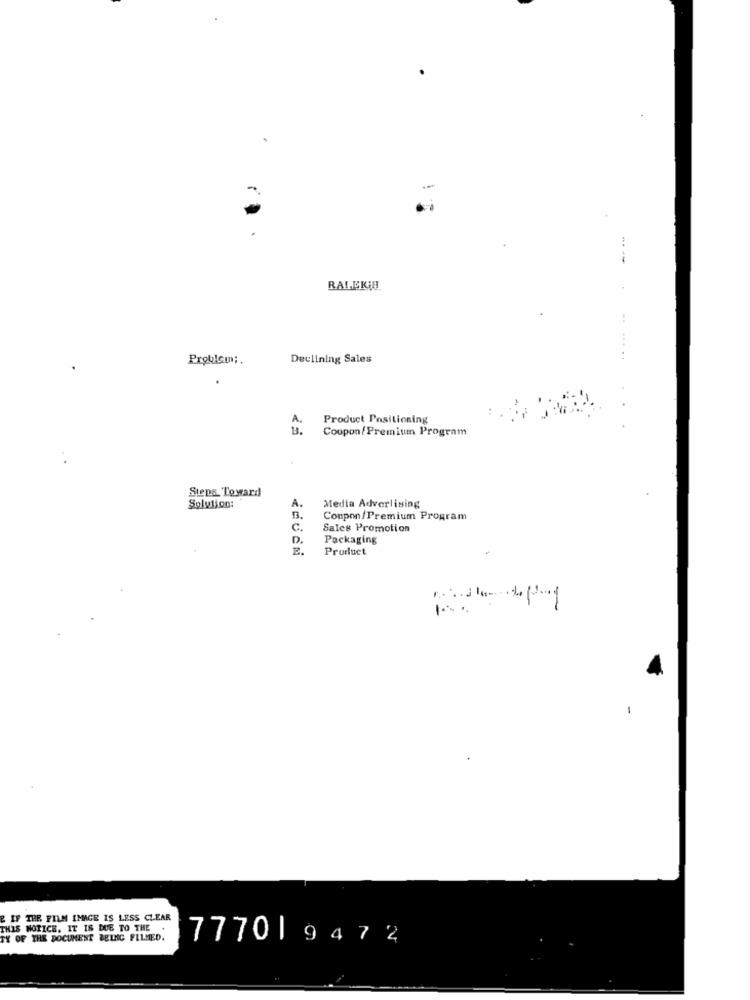
-
----
RALEKIH
Problem ;.
Declining Sales
A.
Product Positioning
13.
Coupon/Premium Program
. .
Steps. Toward
Solution:
A.
Media Advertising
Coupon/Premium Program
C
Sales Promotion
D.
Packaging
Product
-
E IF THE FILM IMAGE IS LESS CLEAR
THIS NOTICE, IT IS DUE TO THE
TX OF THE DOCUMENT BEING FILMED.
7770|9472